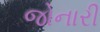
જોનારી